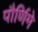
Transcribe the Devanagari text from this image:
पौर्णिमे